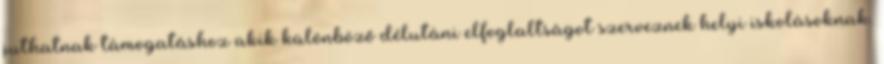
juthatnak támogatáshoz akik különböző délutáni elfoglaltságot szerveznek helyi iskolásoknak.